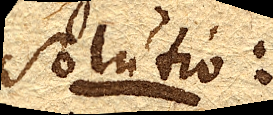
Solutio: